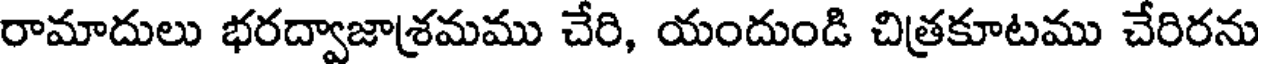
రామాదులు భరద్వాజాశ్రమము చేరి, యందుండి చిత్రకూటము చేరిరను